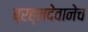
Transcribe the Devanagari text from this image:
ब्रह्मदेवानेच